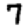
Digit: 7